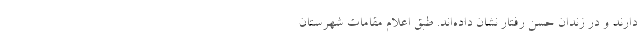
دارند و در زندان حسن رفتار نشان داده‌اند. طبق اعلام مقامات شهرستان